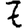
Digit: 7